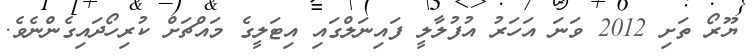
ޔޫރޯ ތަށި 2012 ވަނަ އަހަރު އުފުލާލީ ފައިނަލްގައި އިޓަލީގެ މައްޗަށް ކުރިހޯދައިގެންނެވެ.